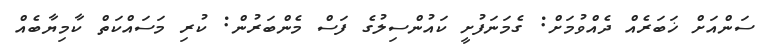
ސަންއަށް ޚަބަރެއް ދެއްވުމަށް: ގެމަނަފުށީ ކައުންސިލުގެ ފަސް މެންބަރުން: ކުރި މަސައްކަތް ކާމިޔާބެއް